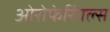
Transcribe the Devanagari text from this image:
ओरोफेरिंगल्स